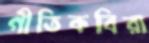
গীতিকবিরা